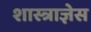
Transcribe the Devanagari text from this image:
शास्त्राज्ञेस